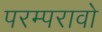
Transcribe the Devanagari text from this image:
परम्परावो